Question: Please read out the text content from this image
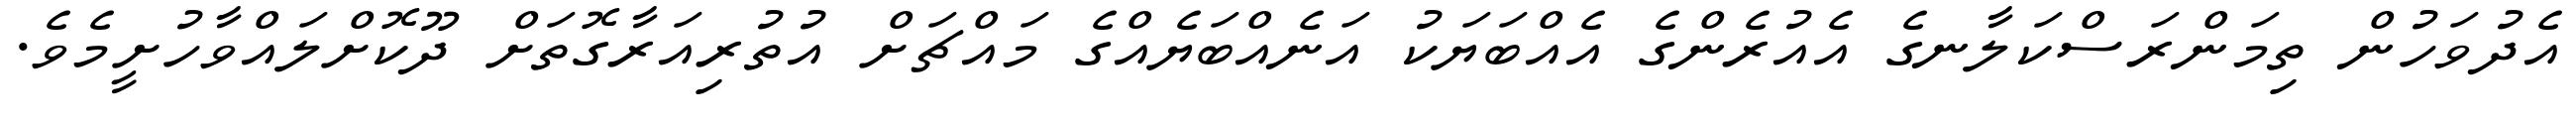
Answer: އެދުވަހުން ތިމަންރަސްކަލާނގެ އެއުރެންގެ އެއްބަޔަކު އަނެއްބަޔެއްގެ މައްޗަށް އުތުރިއަރާގޮތަށް ދޫކޮށްލައްވާހުށީމެވެ.